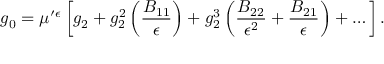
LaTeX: g _ { 0 } = \mu ^ { \prime } { } ^ { \epsilon } \left[ g _ { 2 } + g _ { 2 } ^ { 2 } \left( \frac { B _ { 1 1 } } { \epsilon } \right) + g _ { 2 } ^ { 3 } \left( \frac { B _ { 2 2 } } { \epsilon ^ { 2 } } + \frac { B _ { 2 1 } } { \epsilon } \right) + \dots \right] .